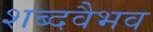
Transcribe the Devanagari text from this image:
शब्दवैभव